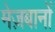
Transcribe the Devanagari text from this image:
मेज़बानों